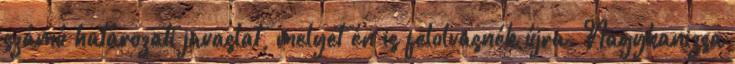
számú határozati javaslat, melyet én is felolvasnék újra. Nagykanizsa